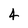
Character: 4